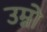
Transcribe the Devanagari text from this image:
उम्नो